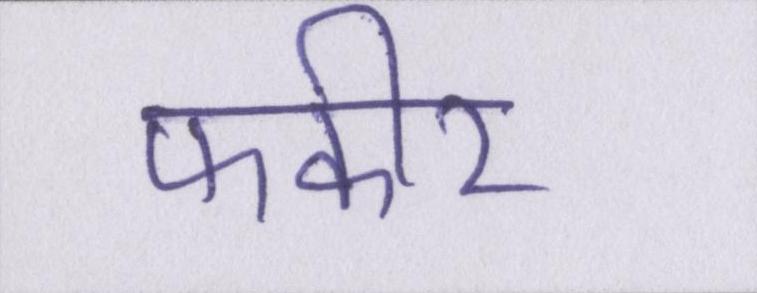
फकीर